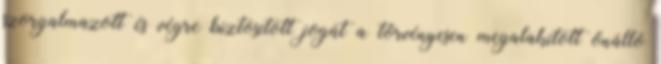
szorgalmazott és végre biztosított jogát a törvényesen megalakított önálló